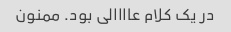
در یک کلام عاااالی بود. ممنون